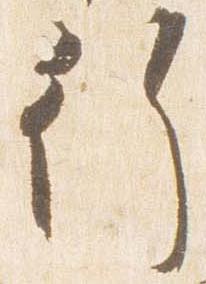
行